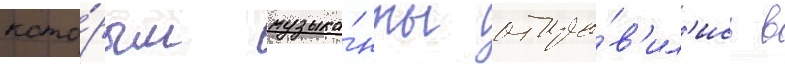
кото́рым музыка́нты отпра́в'ил'ись в